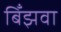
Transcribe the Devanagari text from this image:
बिँझवा